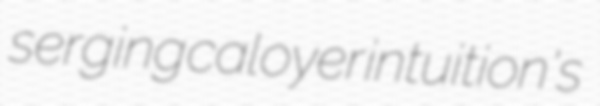
serging caloyer intuition's